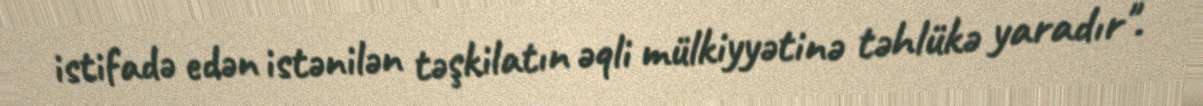
istifadə edən istənilən təşkilatın əqli mülkiyyətinə təhlükə yaradır".